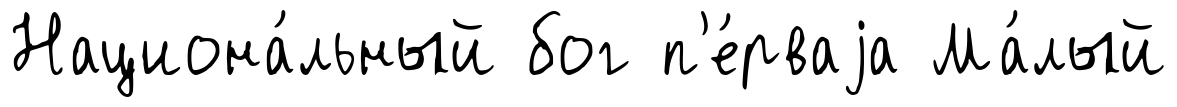
Национа́льный бог п'е́рваjа Ма́лый